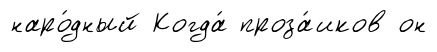
наро́дный Когда́ проза́иков он